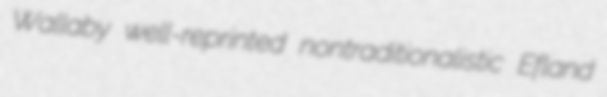
Wallaby well-reprinted nontraditionalistic Efland